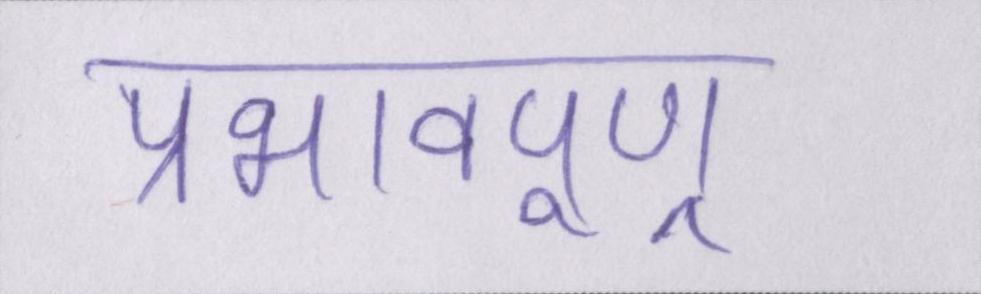
प्रभावपूण्र